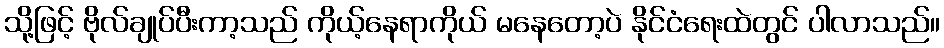
သို့ဖြင့် ဗိုလ်ချုပ်ပီးကာ့သည် ကိုယ့်နေရာကိုယ် မနေတော့ပဲ နိုင်ငံရေးထဲတွင် ပါလာသည်။